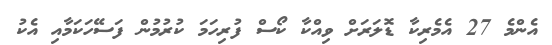
އެންމެ 27 އެމެރިކާ ޑޮލަރަށް ވިއްކާ ކޯސް ފުރިހަމަ ކުރުމުން ފަސޭހަކަމާއި އެކު